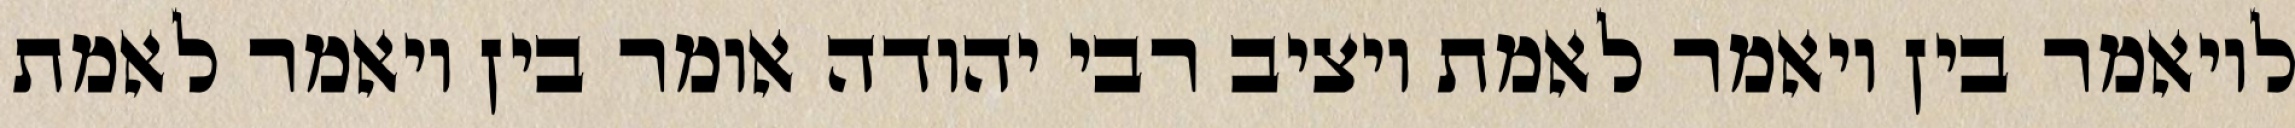
לויאמר בין ויאמר לאמת ויציב רבי יהודה אומר בין ויאמר לאמת